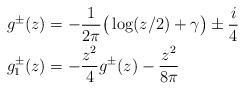
LaTeX: \begin{align*}g^\pm(z)&=-\frac1{2\pi} \big(\log(z/2)+\gamma\big)\pm\frac{i}4 \\g_1^\pm(z)&=-\frac{z^2}4g^\pm(z)-\frac{z^2}{8\pi} \end{align*}